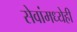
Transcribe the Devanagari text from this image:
सेवांमध्येही